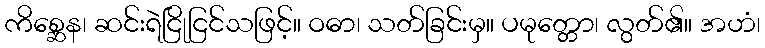
ကိစ္ဆေန၊ ဆင်းရဲငြိုငြင်သဖြင့်။ ဝဓာ၊ သတ်ခြင်းမှ။ ပမုတ္တော၊ လွတ်၏။ အဟံ၊